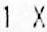
1 X